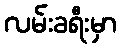
လမ်းခရီးမှာ